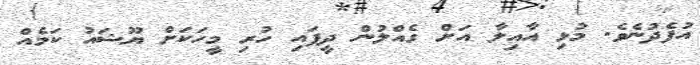
އުފެދުނެވެ. މުޅި އާއިލާ އަށް ގެއްލުން ދީފައި ހުރި މީހަކަށް ޔޫޝައު ކަމެއް